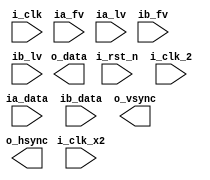
`timescale 1 ns/ 1 ns

`define half 
//`include "compiler_directives.v"
module SDR_user_ctrl(
	input 				i_rst_n,
	input 				i_clk,
	input 				i_clk_2,
	input               i_clk_x2,
	
// Ch #1 
	input 				ia_fv,
	input 				ia_lv,
	input [9:0]			ia_data,
	
// Ch #2
	input 				ib_fv,
	input 				ib_lv,
	input 	[9:0]		ib_data,
	
	output	wire 		o_vsync,
	output 	wire 		o_hsync,
	output 	wire [9:0]	o_data
);

endmodule